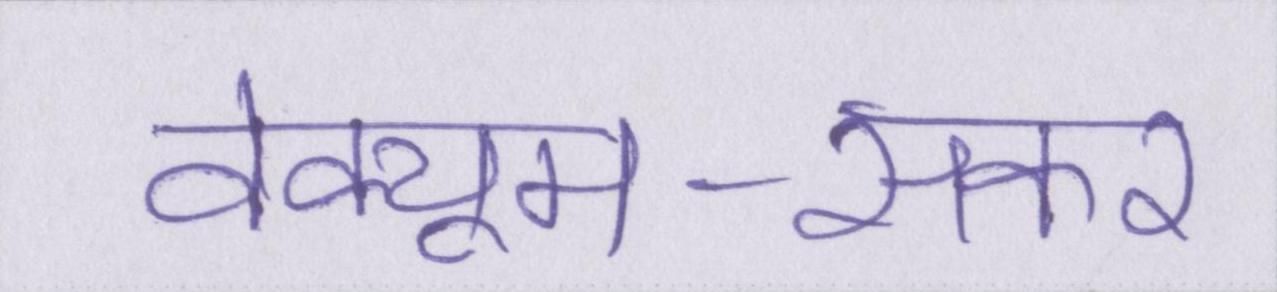
वेक्यूम-सकर